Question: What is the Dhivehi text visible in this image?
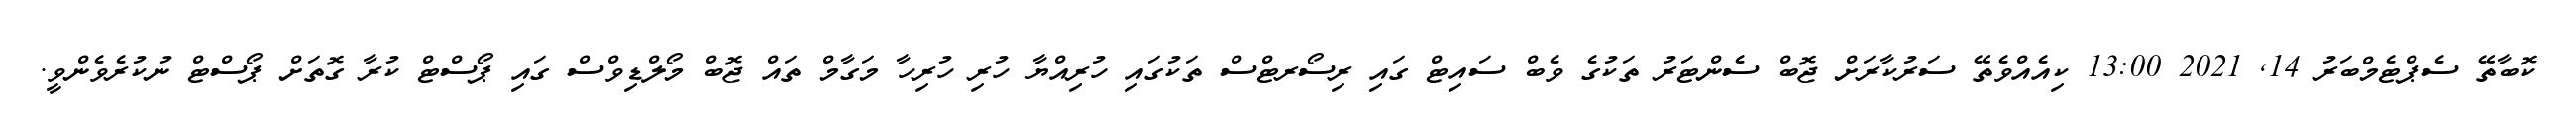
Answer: ކޮބާތޭ ސެޕްޓެމްބަރު 14, 2021 13:00 ކިއެއްވެތޭ ސަރުކާރަށް ޖޮބް ސެންޓަރު ތަކުގެ ވެބް ސައިޓް ގައި ރިސޯރޓްސް ތަކުގައި ހުރިއްޔާ ހުރި ހުރިހާ މަގާމް ތައް ޖޮބް މޯލްޑިވްސް ގައި ޕޯސްޓް ކުރާ ގޮތަށް ޕޯސްޓް ނުކުރެވެންވީ.